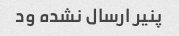
پنیر ارسال نشده ود